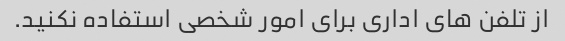
از تلفن های اداری برای امور شخصی استفاده نکنید.